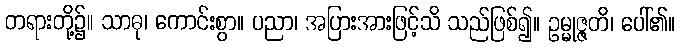
တရားတို့၌။ သာဓု၊ ကောင်းစွာ။ ပညာ၊ အပြားအားဖြင့်သိ သည်ဖြစ်၍။ ဥမ္မုဇ္ဇတိ၊ ပေါ်၏။